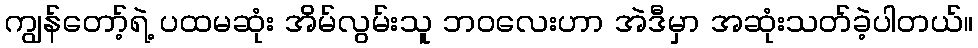
ကျွန်တော့်ရဲ့ ပထမဆုံး အိမ်လွမ်းသူ ဘဝလေးဟာ အဲဒီမှာ အဆုံးသတ်ခဲ့ပါတယ်။